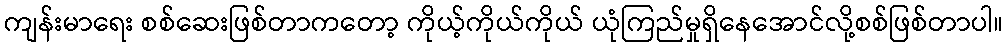
ကျန်းမာရေး စစ်ဆေးဖြစ်တာကတော့ ကိုယ့်ကိုယ်ကိုယ် ယုံကြည်မှုရှိနေအောင်လို့စစ်ဖြစ်တာပါ။